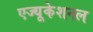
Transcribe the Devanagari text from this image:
एज्यूकेशनल